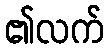
၏လက်